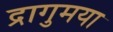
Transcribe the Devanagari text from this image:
द्रागुमया